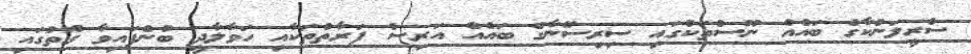
ސްރީލަންކާގެ ބައެއް ނޫސްތަކުގައި ސިރިސޭނާގެ ބައެއް އަރިސް ފަރާތްތަކާއި ހަވާލާދީ ބުނެފައިވާ ގޮތުގައި